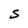
Character: S